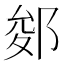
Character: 𨛐